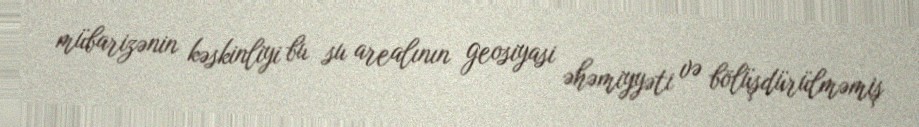
mübarizənin kəskinliyi bu su arealının geosiyasi əhəmiyyəti və bölüşdürülməmiş